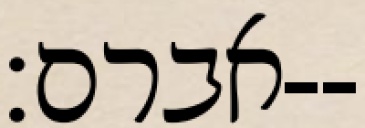
אברם׃--